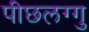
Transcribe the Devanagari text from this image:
पीछलग्गु